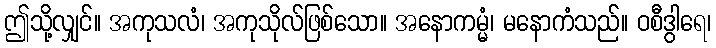
ဤသို့လျှင်။ အကုသလံ၊ အကုသိုလ်ဖြစ်သော။ အနောကမ္မံ၊ မနောကံသည်။ ဝစီဒွါရေ၊